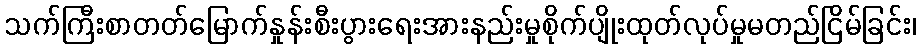
သက်ကြီးစာတတ်မြောက်နှုန်းစီးပွားရေးအားနည်းမှုစိုက်ပျိုးထုတ်လုပ်မှုမတည်ငြိမ်ခြင်း၊